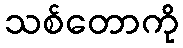
သစ်တောကို